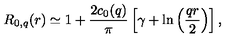
R _ { 0 , q } ( r ) \simeq 1 + { \frac { 2 c _ { 0 } ( q ) } { \pi } } \left[ \gamma + \ln \left( { \frac { q r } { 2 } } \right) \right] ,